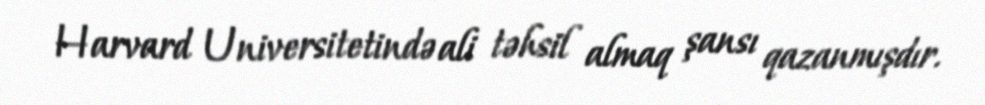
Harvard Universitetində ali təhsil almaq şansı qazanmışdır.